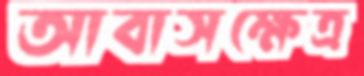
আবাসক্ষেত্র